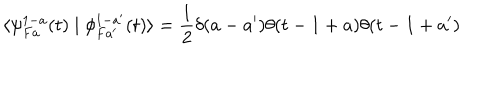
\langle \psi _ { F a } ^ { 1 - a } ( t ) \mid \phi _ { F a ^ { \prime } } ^ { 1 - a ^ { \prime } } ( t ) \rangle = \frac { 1 } { 2 } \delta ( a - a ^ { \prime } ) \theta ( t - 1 + a ) \theta ( t - 1 + a ^ { \prime } )